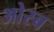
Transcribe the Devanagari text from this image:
ओरब